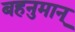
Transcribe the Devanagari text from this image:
बहनुमान्